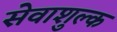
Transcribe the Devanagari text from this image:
सेवाशुल्क